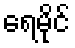
ရေမိုင်